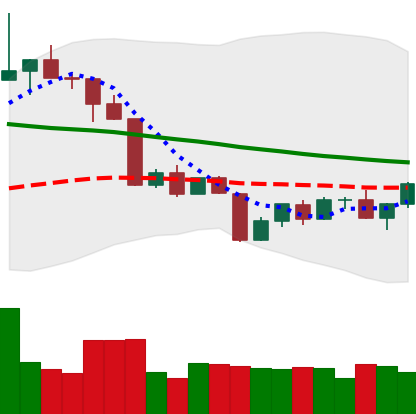
Ticker: TRX-USD
Chart end date: 2022-04-19
Forward return: 3.675%
Label: up_3_5